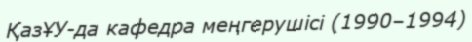
ҚазҰУ-да кафедра меңгерушісі (1990–1994)